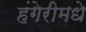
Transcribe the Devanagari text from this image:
हंगेरीमधे